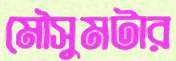
মৌসুমটার